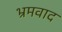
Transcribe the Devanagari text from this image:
भ्रमवाद